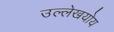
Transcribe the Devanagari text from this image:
उल्लेखयोय